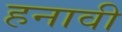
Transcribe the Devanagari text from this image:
हनावी